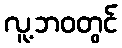
လူ့ဘဝတွင်